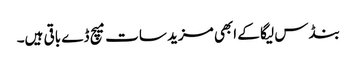
بنڈس لیگا کے ابھی مزید سات میچ ڈے باقی ہیں۔